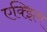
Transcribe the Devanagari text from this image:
एक्झिम